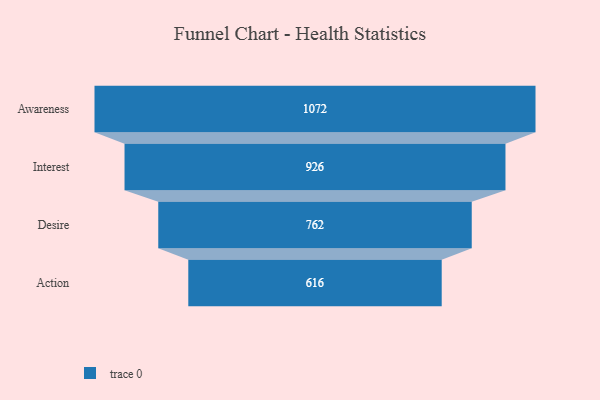
{"axis": {"x": "Stage", "y": "Value"}, "legend": [""], "data": [{"x": "Awareness", "y": 1072.0, "type": ""}, {"x": "Interest", "y": 926.0, "type": ""}, {"x": "Desire", "y": 762.0, "type": ""}, {"x": "Action", "y": 616.0, "type": ""}]}